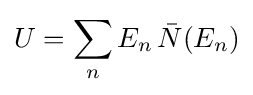
U=\sum _{n}E_{n}\,{\bar {N}}(E_{n})